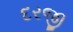
દરજી